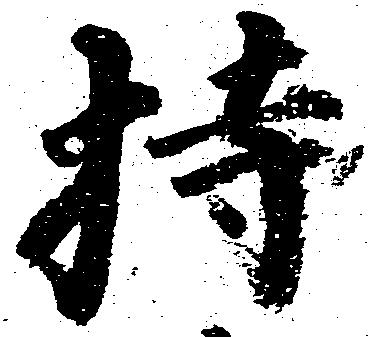
持